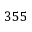
3 5 5